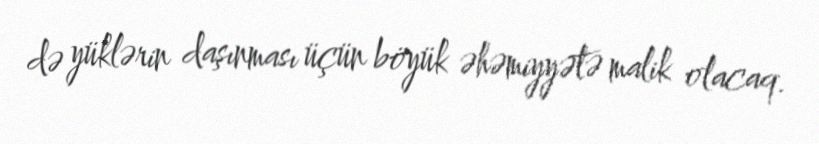
də yüklərin daşınması üçün böyük əhəmiyyətə malik olacaq.